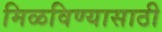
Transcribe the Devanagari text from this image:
मिळविण्‍यासाठी